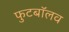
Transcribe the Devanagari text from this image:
फुटबॉलव